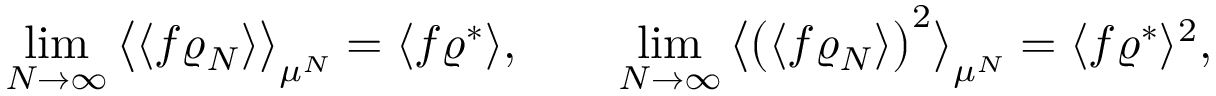
\operatorname* { l i m } _ { N \to \infty } \big \langle \langle f \varrho _ { N } \rangle \big \rangle _ { \mu ^ { N } } = \langle f \varrho ^ { * } \rangle , \qquad \operatorname* { l i m } _ { N \to \infty } \big \langle \big ( \langle f \varrho _ { N } \rangle \big ) ^ { 2 } \big \rangle _ { \mu ^ { N } } = \langle f \varrho ^ { * } \rangle ^ { 2 } ,